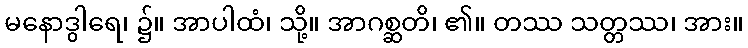
မနောဒွါရေ၊ ၌။ အာပါထံ၊ သို့။ အာဂစ္ဆတိ၊ ၏။ တဿ သတ္တဿ၊ အား။